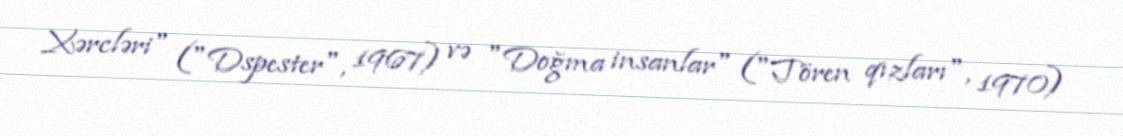
Xərcləri" ("Dspester", 1967) və "Doğma insanlar" ("Tören qızları", 1970)